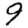
Digit: 9